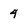
Character: 4